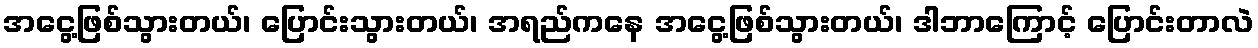
အငွေ့ဖြစ်သွားတယ်၊ ပြောင်းသွားတယ်၊ အရည်ကနေ အငွေ့ဖြစ်သွားတယ်၊ ဒါဘာကြောင့် ပြောင်းတာလဲ